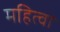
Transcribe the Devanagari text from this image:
महित्वा